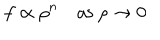
LaTeX: f \propto \rho ^ { n } \quad \mathrm { a s ~ } \rho \rightarrow 0